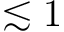
\lesssim 1